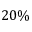
2 0 \%